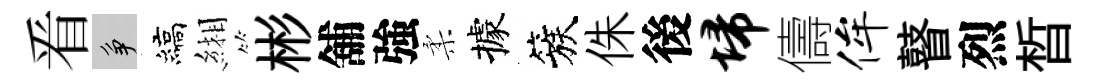
㸔争縞緗彬舖強柔據簇侏後埽儔侔瞽烈晳